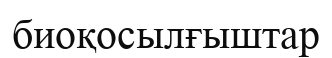
биоқосылғыштар